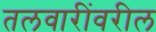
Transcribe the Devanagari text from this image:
तलवारींवरील